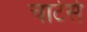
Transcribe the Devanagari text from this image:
चार्टर्स